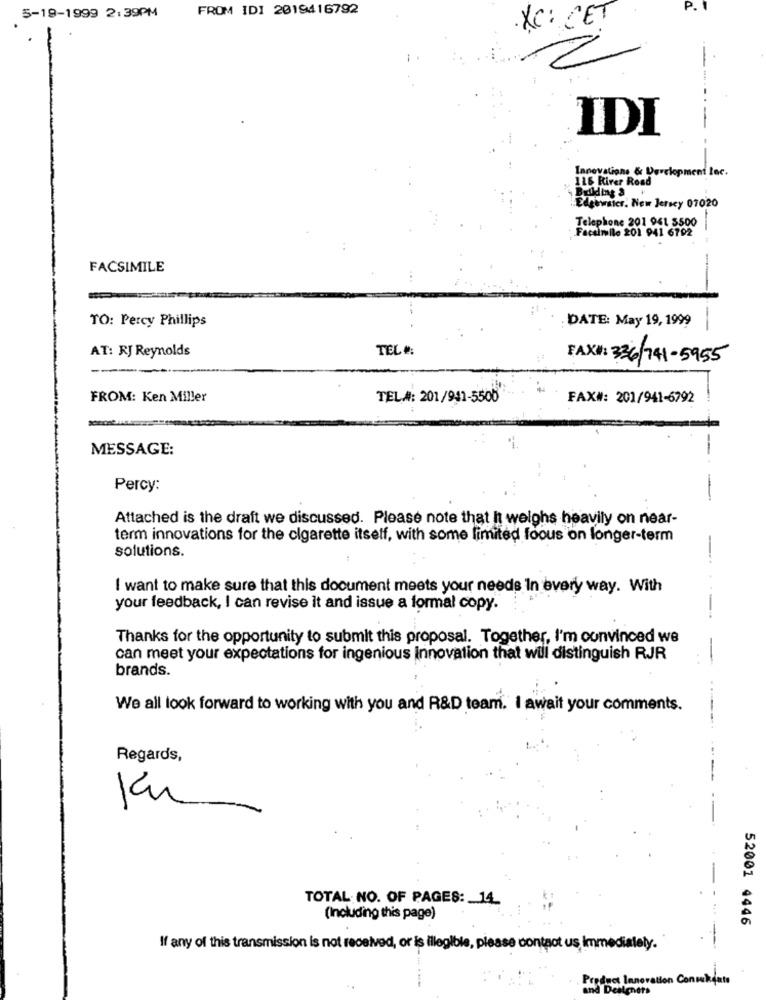
FROM IDI 2019416792
5-19-1999 2:39PM
XC: CET
IDI
Innovations & Development Inc.
116 River Road
Building &
..
Edgester. New Jersey 07020
Telephone 201 941 3500
Facsimile 201 941 6792
FACSIMILE
TO: Percy Phillips
DATE: May 19, 1999
AT: RJ Reynolds
TEL #:
FAX#: 336/741-5955
FROM: Ken Miller
TEL.#: 201/941-5500
FAX#: 201/941-6792
MESSAGE:
Percy:
Attached is the draft we discussed. Please note that It weighs heavily on near-
term innovations for the cigarette itself, with some limited foous on longer-term
-
solutions.
I want to make sure that this document meets your needs in every way. With
your feedback, I can revise it and issue a formal copy.
Thanks for the opportunity to submit this proposal. Together, I'm convinced we
can meet your expectations for ingenious Innovation that will distinguish RJR
-
brands.
We all look forward to working with you and R&D team. I await your comments.
Regards,
TOTAL NO. OF PAGES: 14
(Including this page)
52001 4446
If any of this transmission is not received, or is illegible, please contact us Immediately.
Perfect Innovation Conservato
nd Deileners